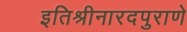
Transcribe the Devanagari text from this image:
इतिश्रीनारदपुराणे